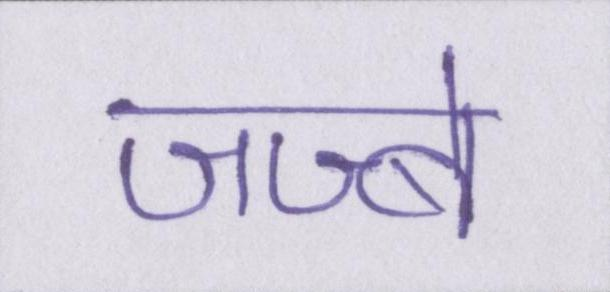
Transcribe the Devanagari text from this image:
जज्बे